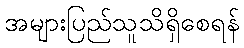
အများပြည်သူသိရှိစေရန်